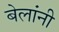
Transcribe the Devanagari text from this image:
बेलांनी